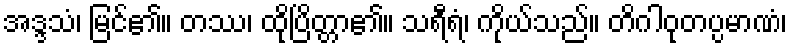
အဒ္ဒသံ၊ မြင်၏။ တဿ၊ ထိုပြိတ္တာ၏။ သရီရံ၊ ကိုယ်သည်။ တိဂါဝုတပ္ပမာဏံ၊